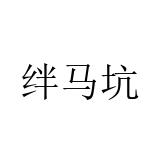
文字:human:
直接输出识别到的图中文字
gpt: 绊马坑